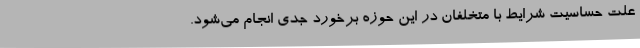
علت حساسیت شرایط با متخلفان در این حوزه برخورد جدی انجام می‌شود.